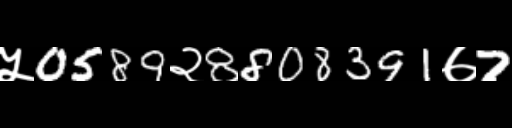
Text: ५0589२8808391७7